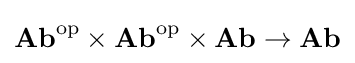
{\textbf {Ab}}^{\text{op}}\times {\textbf {Ab}}^{\text{op}}\times {\textbf {Ab}}\to {\textbf {Ab}}